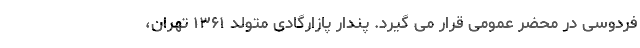
فردوسی در محضر عمومی قرار می گیرد. پندار پازارگادی متولد ۱۳۶۱ تهران،